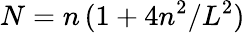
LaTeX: N=n\, (1+4n^{2}/L^{2})